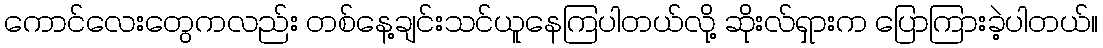
ကောင်လေးတွေကလည်း တစ်နေ့ချင်းသင်ယူနေကြပါတယ်လို့ ဆိုးလ်ရှားက ပြောကြားခဲ့ပါတယ်။